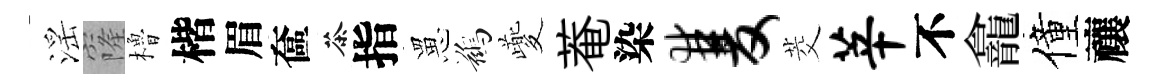
滛窿櫓楷眉奩茶指罳鷀夔菴染双茭莘不龕僮禳